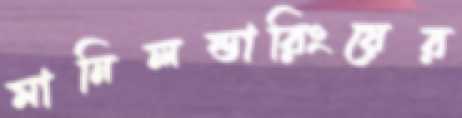
মানিলন্ডারিংয়ের